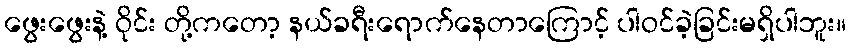
ဖွေးဖွေးနဲ့ ဝိုင်း တို့ကတော့ နယ်ခရီးရောက်နေတာကြောင့် ပါဝင်ခဲ့ခြင်းမရှိပါဘူး။